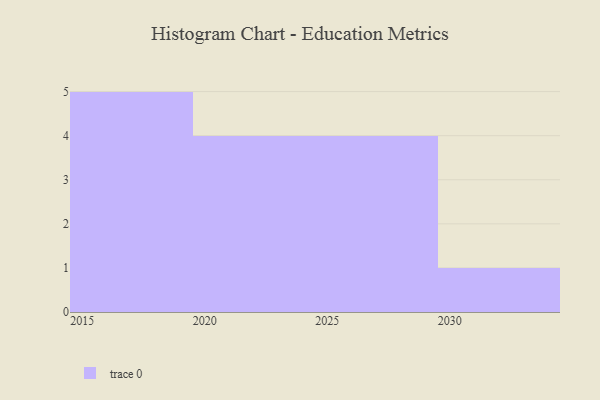
{"axis": {"x": "Year", "y": "Churn Rate (%)"}, "legend": [""], "data": [{"x": "2017", "y": 97, "type": ""}, {"x": "2019", "y": 81, "type": ""}, {"x": "2027", "y": 52, "type": ""}, {"x": "2023", "y": 18, "type": ""}, {"x": "2018", "y": 44, "type": ""}, {"x": "2025", "y": 77, "type": ""}, {"x": "2021", "y": 36, "type": ""}, {"x": "2024", "y": 23, "type": ""}, {"x": "2015", "y": 25, "type": ""}, {"x": "2016", "y": 45, "type": ""}, {"x": "2030", "y": 97, "type": ""}, {"x": "2028", "y": 7, "type": ""}, {"x": "2022", "y": 49, "type": ""}, {"x": "2026", "y": 23, "type": ""}]}